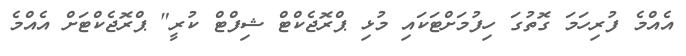
އެއްމެ ފުރިހަމަ ގޮތުގަ ހިފުމަށްޓަކައި މުޅި ޕްރޮޖެކްޓް ޝިފްޓް ކުރީ" ޕްރޮޖެކްޓަށް އެއްމެ